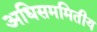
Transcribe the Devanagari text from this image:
अधिसममितीय